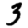
Digit: 3